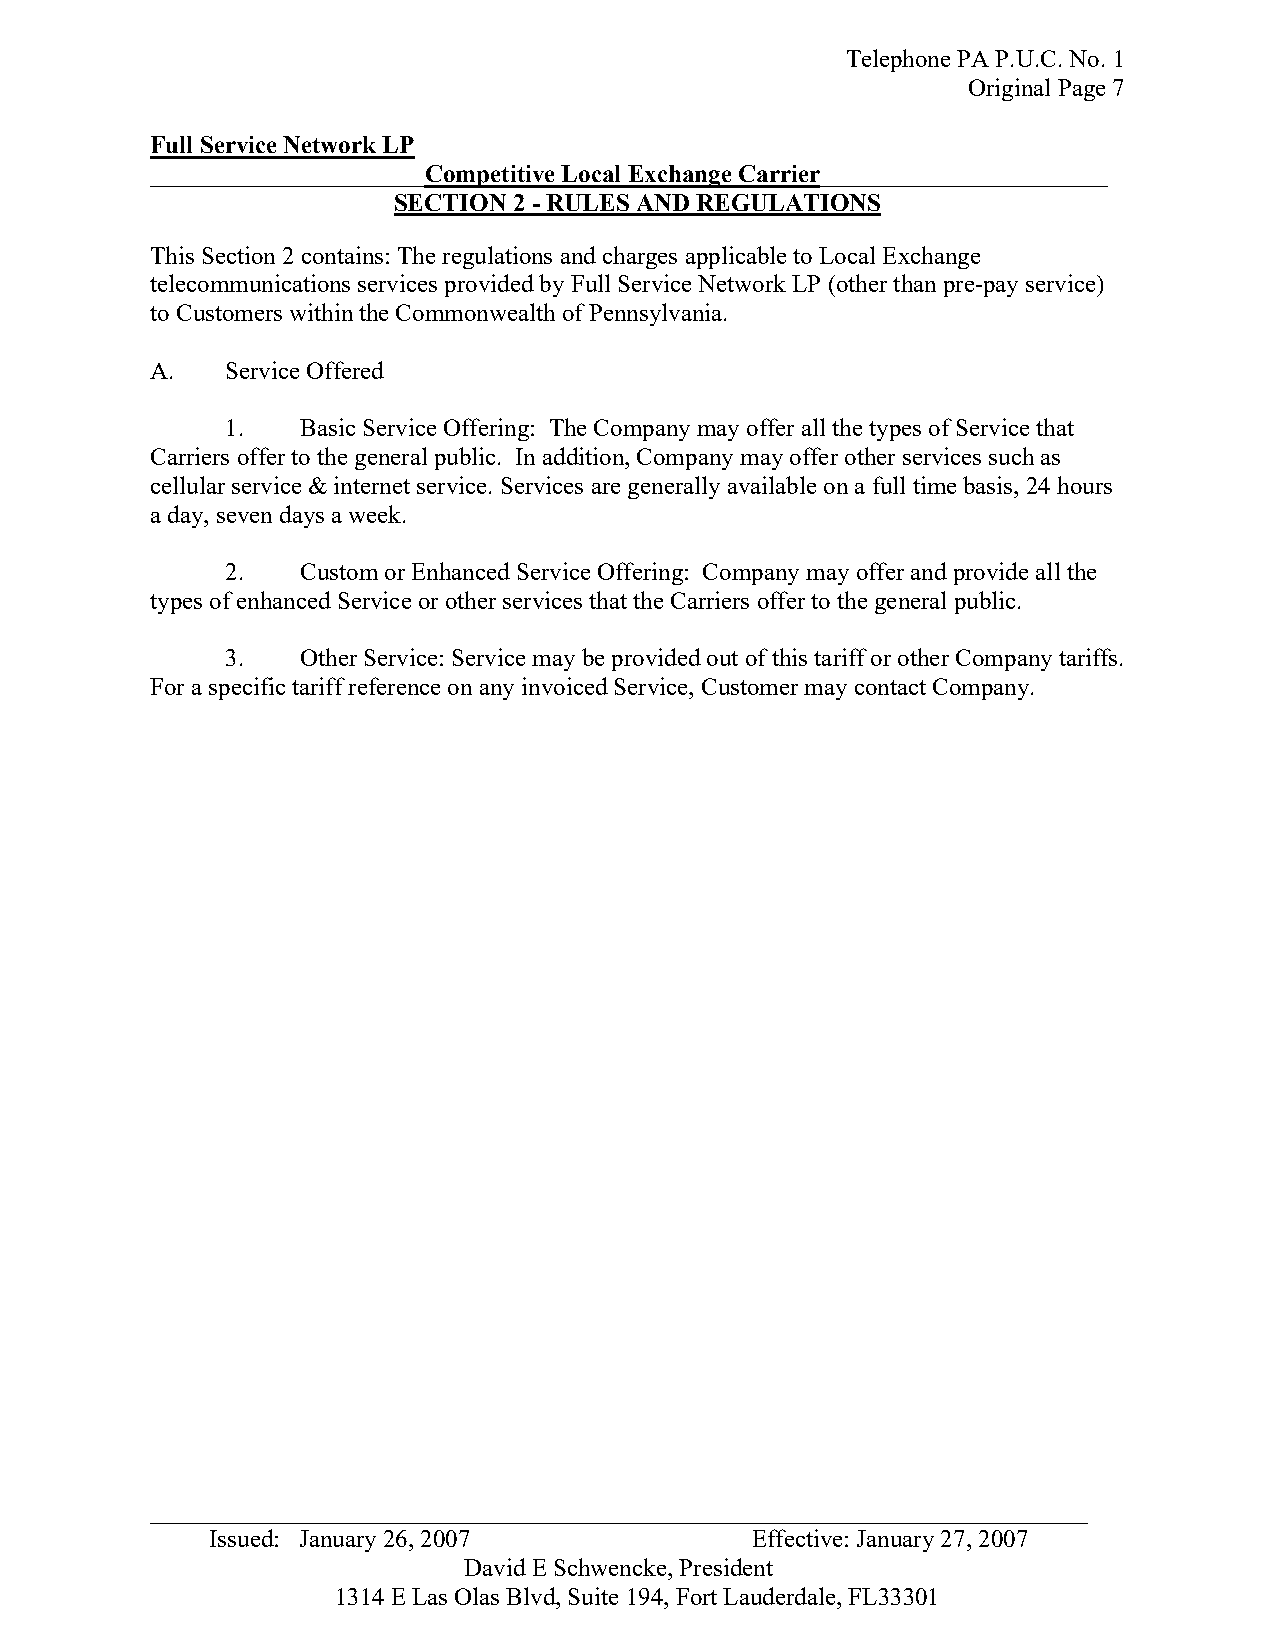
Telephone PA P.U.C. No. 1
 Original Page 7
 Full Service Network LP
 ______________________Competitive Local Exchange Carrier_______________________
 SECTION 2 - RULES AND REGULATIONS
 This Section 2 contains: The regulations and charges applicable to Local Exchange
 telecommunications services provided by Full Service Network LP (other than pre-pay service)
 to Customers within the Commonwealth of Pennsylvania.
 A.   Service Offered
 1.   Basic Service Offering: The Company may offer all the types of Service that
 Carriers offer to the general public. In addition, Company may offer other services such as
 cellular service & internet service. Services are generally available on a full time basis, 24 hours
 a day, seven days a week.
 2.   Custom or Enhanced Service Offering: Company may offer and provide all the
 types of enhanced Service or other services that the Carriers offer to the general public.
 3.   Other Service: Service may be provided out of this tariff or other Company tariffs.
 For a specific tariff reference on any invoiced Service, Customer may contact Company.
 _ __________________________________________________________________________
 Issued: January 26, 2007            Effective: January 27, 2007
 David E Schwencke, President
 1314 E Las Olas Blvd, Suite 194, Fort Lauderdale, FL33301